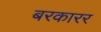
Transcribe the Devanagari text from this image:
बरकारर